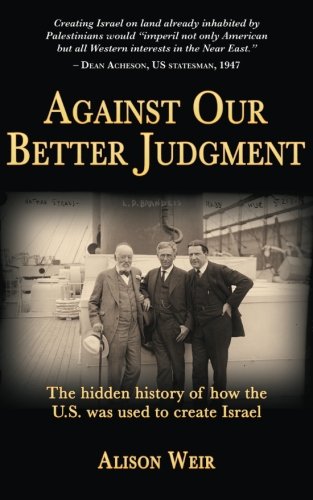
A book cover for Against Our Better Judgment: The Hidden History of How the U.S. Was Used to Create Israel; Alison Weir; Politics & Social Sciences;